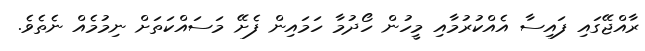
ރާއްޖޭގައި ފައިސާ އެއްކުރުމާއި މީހުން ހޯދުމާ ހަމައިން ފެށޭ މަސައްކަތަށް ނިމުމެއް ނެތެވެ.